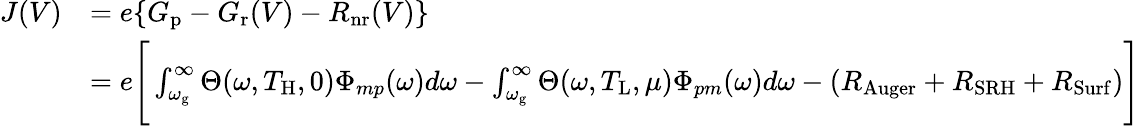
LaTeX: \begin{array}{rl}{J(V)}&{=e\{ G_{\mathrm{p}}-G_{\mathrm{r}}(V)-R_{\mathrm{nr}}(V)\} }\\ &{=e\Biggr[\int_{\omega_{\mathrm{g}}}^{\infty}\Theta(\omega,T_{\mathrm{H}},0)\Phi_{mp}(\omega)d\omega-\int_{\omega_{\mathrm{g}}}^{\infty}\Theta(\omega,T_{\mathrm{L}},\mu)\Phi_{pm}(\omega)d\omega-(R_{\mathrm{Auger}}+R_{\mathrm{SRH}}+R_{\mathrm{Surf}})\Biggr]}\end{array}